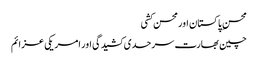
محسن ِ پاکستان اور محسن کشی
چین بھارت سرحدی کشیدگی اور امریکی عزائم